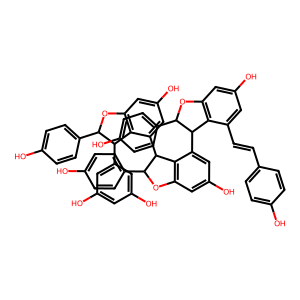
SMILES: Oc1ccc(C=Cc2cc(O)cc3c2C(c2cc(O)cc4c2C(c2cc(O)cc5c2C(c2cc(O)cc(O)c2)C(c2ccc(O)cc2)O5)C(c2ccc(O)cc2)O4)C(c2ccc(O)cc2)O3)cc1
Inhibits HIV replication: Yes